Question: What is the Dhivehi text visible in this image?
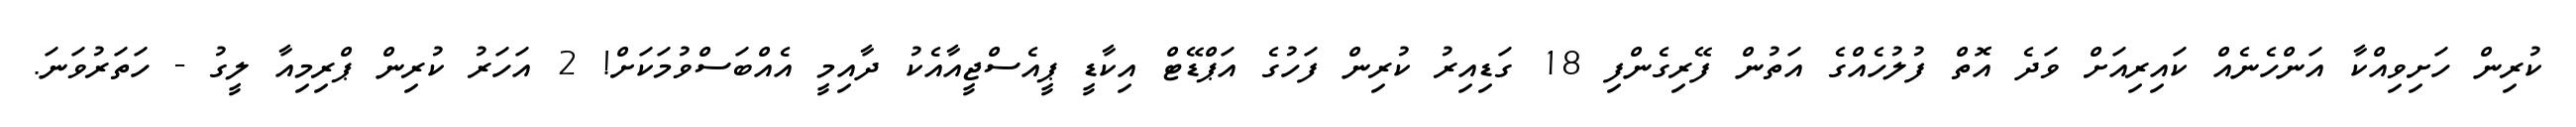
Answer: ކުރިން ހަށިވިއްކާ އަންހެނެއް ކައިރިއަށް ވަދެ އޮތް ފުލުހެއްގެ އަތުން ފޭރިގެންފި 18 ގަޑިއިރު ކުރިން ފަހުގެ އަޕްޑޭޓް އިކާޑީ ޕީއެސްޖީއާއެކު ދާއިމީ އެއްބަސްވުމަކަށް! 2 އަހަރު ކުރިން ޕްރިމިއާ ލީގު - ހަތަރުވަނަ.